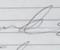
Signature authenticity: genuine